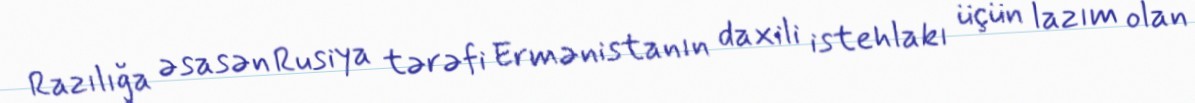
Razılığa əsasən Rusiya tərəfi Ermənistanın daxili istehlakı üçün lazım olan